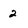
Character: 2